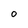
Character: 0